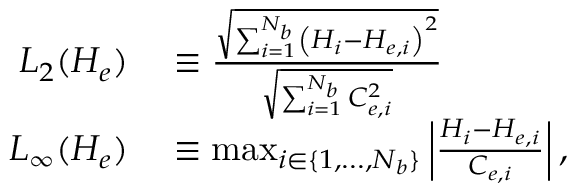
\begin{array} { r l } { L _ { 2 } ( H _ { e } ) } & { { } \equiv \frac { \sqrt { \sum _ { i = 1 } ^ { N _ { b } } \left( H _ { i } - H _ { e , i } \right) ^ { 2 } } } { \sqrt { \sum _ { i = 1 } ^ { N _ { b } } C _ { e , i } ^ { 2 } } } } \\ { L _ { \infty } ( H _ { e } ) } & { { } \equiv \operatorname* { m a x } _ { i \in \{ 1 , . . . , N _ { b } \} } \left| \frac { H _ { i } - H _ { e , i } } { C _ { e , i } } \right| , } \end{array}